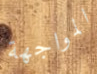
المواجهة